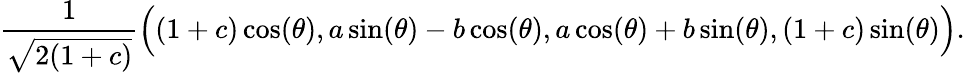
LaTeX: {\frac{1}{\sqrt{2(1+c)}}}{\Big(}(1+c)\cos(\theta),a\sin(\theta)-b\cos(\theta),a\cos(\theta)+b\sin(\theta),(1+c)\sin(\theta){\Big)}.\,